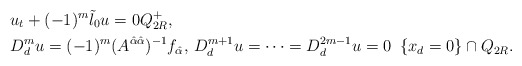
\begin{align*}&u_t+(-1)^m \tilde{\l}_0 u=0 Q_{2R}^+,\\&D_d^m u=(-1)^m({A^{\hat{\alpha}\hat{\alpha}}})^{-1}f_{\hat{\alpha}},\, D_d^{m+1}u=\cdots=D_d^{2m-1}u=0\,\, \, \{x_d=0\}\cap Q_{2R}.\end{align*}